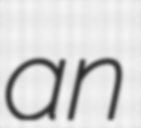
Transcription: an